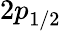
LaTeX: {2p}_{1/2}